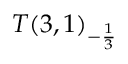
T ( 3 , 1 ) _ { - { \frac { 1 } { 3 } } }